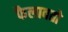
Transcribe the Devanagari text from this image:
फैलावतो